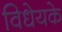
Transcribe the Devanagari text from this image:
विधेयके